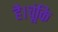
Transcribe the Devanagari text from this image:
है।चूंकि